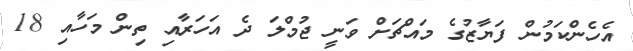
އެހެންކަމުން ފަޔާޒުގެ މައްޗަށް ވަނީ ޖުމްލަ ދެ އަހަރާއި ތިން މަހާއި 18